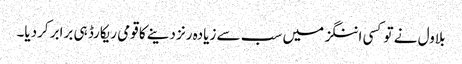
بلاول نے تو کسی اننگز میں سب سے زیادہ رنز دینے کا قومی ریکارڈ ہی برابر کردیا۔